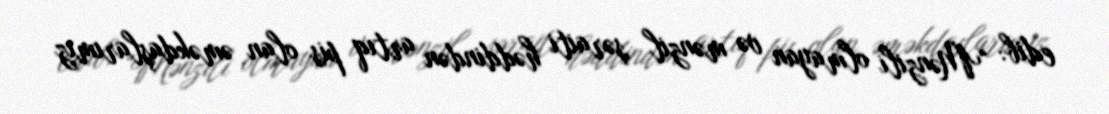
edib: “Mənzili olmayan və mənzil şəraiti həddindən artıq pis olan əməkdaşlarımız